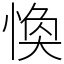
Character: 愌